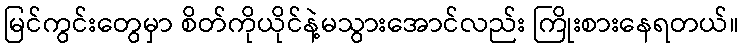
မြင်ကွင်းတွေမှာ စိတ်ကိုယိုင်နဲ့မသွားအောင်လည်း ကြိုးစားနေရတယ်။